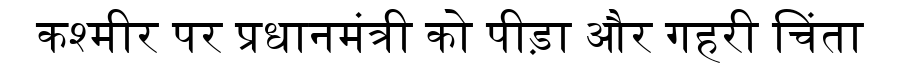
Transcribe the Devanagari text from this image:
कश्मीर पर प्रधानमंत्री को पीड़ा और गहरी चिंता